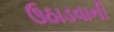
ઉઠાડવાની